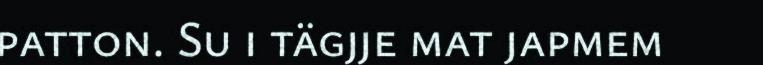
patton. Su i tägjje mat japmem